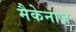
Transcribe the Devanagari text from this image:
मैकेनाज़